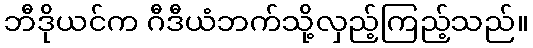
ဘီဒိုယင်က ဂီဒီယံဘက်သို့လှည့်ကြည့်သည်။